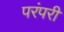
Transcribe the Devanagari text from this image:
परंपरी